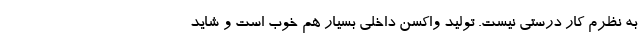
به نظرم کار درستی نیست. تولید واکسن داخلی بسیار هم خوب است و شاید